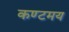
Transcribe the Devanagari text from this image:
कण्टमय